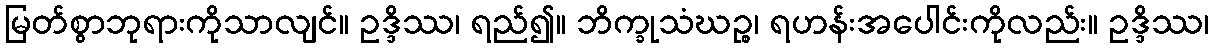
မြတ်စွာဘုရားကိုသာလျင်။ ဥဒ္ဒိဿ၊ ရည်၍။ ဘိက္ခုသံဃဉ္စ၊ ရဟန်းအပေါင်းကိုလည်း။ ဥဒ္ဒိဿ၊